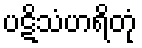
ပဋိသံဟရိတုံ